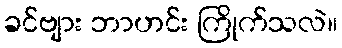
ခင်ဗျား ဘာဟင်း ကြိုက်သလဲ။